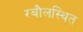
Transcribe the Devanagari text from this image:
रबौलस्थित